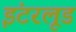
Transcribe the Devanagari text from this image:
इंटरलूड